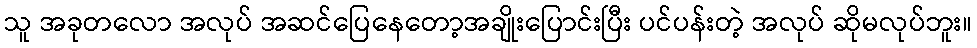
သူ အခုတလော အလုပ် အဆင်ပြေနေတော့အချိုးပြောင်းပြီး ပင်ပန်းတဲ့ အလုပ် ဆိုမလုပ်ဘူး။